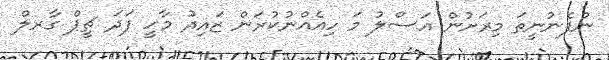
ނުފެނުނީތަ މިރަށުން އަސްލު މަ ހިއެއްނުކުރަން ޒައިދު މާހީ ފަދަ ޗީޕް ގާރލް